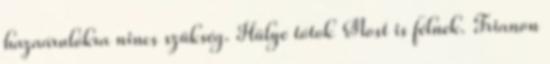
hazaárulókra nincs szükség. Hülye tótok Most is félnek. Trianon